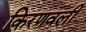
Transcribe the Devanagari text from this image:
किरणवली